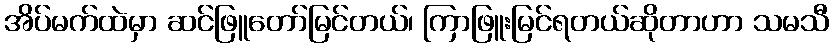
အိပ်မက်ထဲမှာ ဆင်ဖြူတော်မြင်တယ်၊ ကြာဖြူးမြင်ရတယ်ဆိုတာဟာ သမသီ